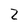
Character: 2